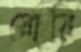
স্নোয়ি